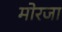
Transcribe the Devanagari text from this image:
मोरजा